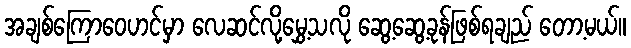
အချစ်ကြောဝေဟင်မှာ လေဆင်လို့မွှေ့သလို ဆွေ့ဆွေ့ခုန်ဖြစ်ရချည် တော့မယ်။